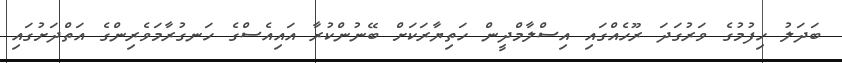
ބަދަލު ހިފުމުގެ ވަރުގަދަ ރޫހެއްގައި އިސްލާމްދީން ހަތިޔާރަކަށް ބޭނުންކުރާ އައިއެސްގެ ހަނގުރާމަވެރިންގެ އަތްދަށުގައި